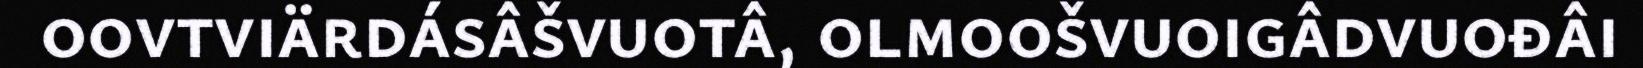
oovtviärdásâšvuotâ, olmoošvuoigâdvuođâi